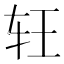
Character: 𰹶